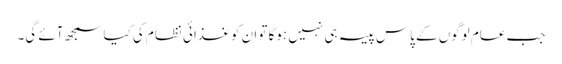
جب عام لوگوں کے پاس پیسہ ہی نہیں ہوگا تو ان کو غذائی نظام کی کیا سمجھ آئے گی۔